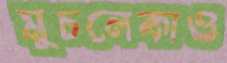
মুচলেকাও